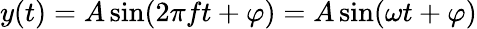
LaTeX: y(t)=A\sin(2\pi ft+\varphi)=A\sin(\omega t+\varphi)